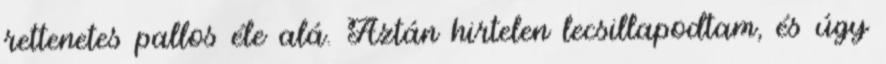
rettenetes pallos éle alá. Aztán hirtelen lecsillapodtam, és úgy